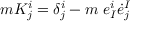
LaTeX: m K _ { j } ^ { i } = \delta _ { j } ^ { i } - m ~ e _ { I } ^ { i } { \dot { e } } _ { j } ^ { I }